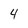
Character: 4